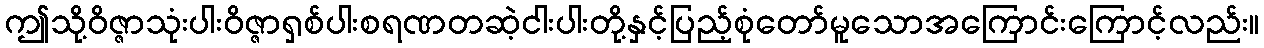
ဤသို့ဝိဇ္ဇာသုံးပါးဝိဇ္ဇာရှစ်ပါးစရဏတဆဲ့ငါးပါးတို့နှင့်ပြည့်စုံတော်မူသောအကြောင်းကြောင့်လည်း။